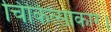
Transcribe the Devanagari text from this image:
चिकित्साकार।